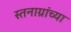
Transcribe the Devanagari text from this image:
स्तनाग्रांच्या